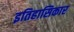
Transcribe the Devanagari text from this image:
इतिहासिकार